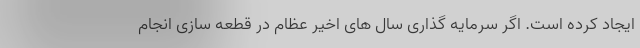
ایجاد کرده است. اگر سرمایه گذاری سال های اخیر عظام در قطعه سازی انجام